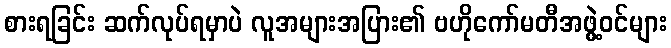
စားရခြင်း ဆက်လုပ်ရမှာပဲ လူအများအပြား၏ ဗဟိုကော်မတီအဖွဲ့ဝင်များ